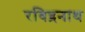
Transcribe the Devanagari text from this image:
रविद्रनाथ